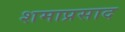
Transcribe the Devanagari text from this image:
शमाप्रसाद